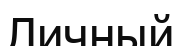
Личный